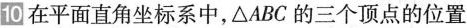
10在平面直角坐标系中，\bigtriangleup ABC的三个顶点的位置